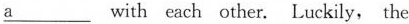
a___ with each other. Luckily, the